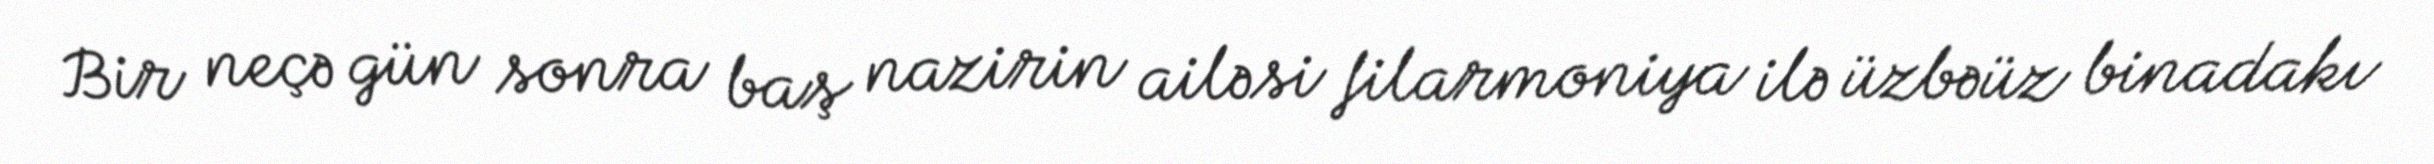
Bir neçə gün sonra baş nazirin ailəsi filarmoniya ilə üzbəüz binadakı